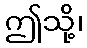
ဤသို့၊